Lunatic asylums in Bengal annual reports 1888-1898 - 1888-1898
Year: 1888
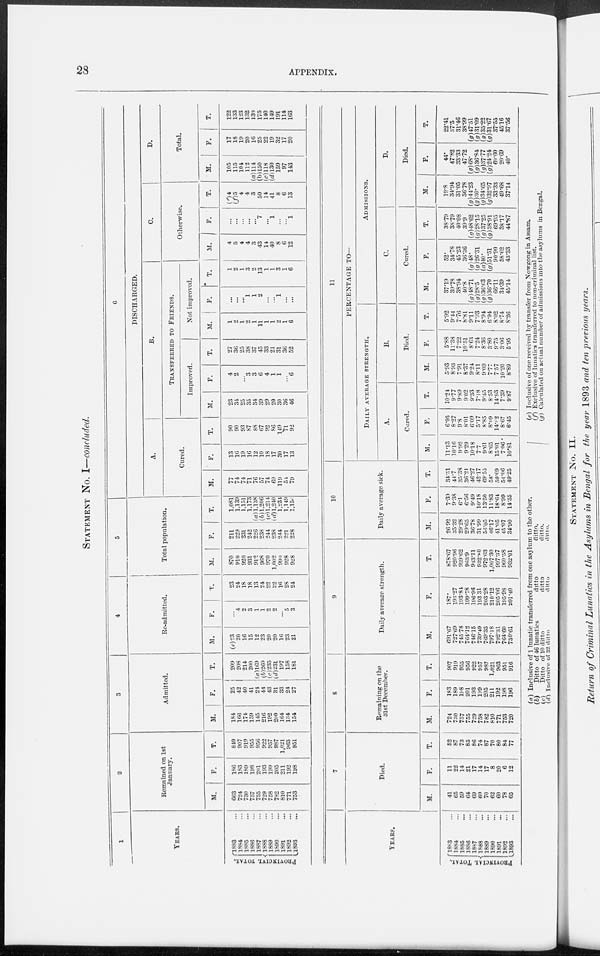
28 APPENDIX.
STATEMENT No. I—concluded.
1
YEARS.
PROVINCIAL TOTAL.
1883 ...
1884 ...
1885 ...
1886 ...
1887 ...
1888 ...
1889 ...
1890 ...
1891 ...
1892 ...
1893 ...
2
Remained on 1st
January.
M.
663
724
730
757
755
729
758
782
810
771
753
F.
186
183
189
198
201
193
199
205
211
192
198
T.
849
907
919
955
956
922
957
987
1,021
963
951
3
Admitted.
M.
184
166
174
159
145
216
192
200
164
134
154
F.
25
42
40
41
24
44
43
31
33
24
27
T.
209
208
214
200
(a)169
(b)260
(c)235
(d)231
197
158
181
4
Re-admitted.
M.
(e)23
20
16
15
12
23
20
20
16
23
21
F.
...
4
2
3
1
1
2
2
...
5
3
T.
23
24
18
18
13
24
22
22
16
28
24
5
Total population.
M.
870
910
920
931
912
968
970
1,002
990
928
928
F.
211
229
231
242
226
238
244
238
244
221
228
T.
1,081
1,139
1,151
1,173
(a)l,138
(6)1,206
(c) 1,214
(d) 1,240
1,234
1,149
1,156
6
DISCHARGED.
A.
Cured.
M.
77
74
74
71
76
57
74
69
119
54
79
F.
13
16
19
16
12
10
18
17
30
17
13
T.
90
90
93
87
88
67
92
86
149
71
92
B.
TRANSFERRED
TO FRIENDS.
Improved.
M.
23
34
25
35
34
39
29
20
30
36
46
F.
4
2
...
3
3
6
4
1
1
...
6
T.
27
36
25
38
37
45
33
21
31
36
52
Not improved.
M.
1
2
1
2
1
11
1
1
2
1
6
F.
...
...
...
1
1
2
...
...
1
...
...
T.
1
2
1
3
2
13
1
1
3
1
6
C.
Otherwise.
M.
4
5
4
4
3
43
1
40
8
6
12
F.
...
...
...
...
...
7
...
1
...
...
1
T.
(f)4
(f)5
4
4
3
50
14
41
8
6
13
D.
Total.
M.
105
115
104
112
(a)114
(b)150
(c)118
(d)130
159
97
143
F.
17
18
19
20
16
25
22
19
32
17
20
T.
122
133
123
132
130
175
140
149
191
114
163
YEARS.
PROVINCIAL TOTAL.
1883 ...
1884 ...
1885 ...
1886 ...
1887 ...
1888
...
1889
...
1890 ...
1891 ...
1892 ...
1893 ...
7
Died.
M.
41
65
59
64
69
60
70
62
60
78
65
F.
11
22
14
21
17
14
17
8
20
6
12
T.
52
87
73
85
86
74
87
70
80
84
77
8
Remaining on the
31st December.
M.
724
730
757
755
729
758
782
810
771
753
720
F.
183
189
198
201
193
199
205
211
192
198
196
T.
907
919
955
956
922
957
987
1,021
963
951
916
9
Daily average strength.
M.
691.67
727.69
745.78
764.12
746.15
739.49
769.35
797.18
792.31
764.60
730.61
F.
187.
193.27
193.84
199.78
196.96
193.31
203.28
210.12
205.06
195.98
201.40
T.
878.67
920.96
939.62
963.9
943.11
932.80
972.63
1,007.30
997.37
960.58
932.01
10
Daily average sick.
M.
26.92
35.32
29.28
29.65
36.78
31.99
56.05
46.17
41.05
45.07
34.90
F.
7.39
9.38
6.1
6.56
9.49
10.18
13.50
11.83
18.64
8.99
14.35
T.
34.31
44.7
35.38
36.21
46.27
42.17
69.55
58.
59.69
54.06
49.25
11
PERCENTAGE TO—
DAILY AVERAGE STRENGTH.
A.
Cured.
M.
11.13
10.16
9.92
9.29
10.18
7.7
9.61
8.65
15.01
7.06
10.81
F.
6.95
8.27
9.8
8.01
6.09
5.17
8.85
8.09
14.82
8.67
6.45
T.
10.24
9.77
9.89
9.02
9.33
7.18
9.45
8.53
14.93
7.39
9.87
B.
Died.
M.
5.93
8.93
7.91
8.37
9.24
8.11
9.09
7.77
7.57
10.20
8.89
F.
5.88
11.38
7.22
10.51
8.63
7.24
8.36
3.80
9.75
3.06
5.95
T.
5.92
9.44
7.76
8.81
9.11
7.93
8.94
6.94
8.02
8.74
8.26
ADMISSIONS.
C.
Cured.
M.
37.19
39.78
38.94
40.8
(g)48.71
(g)28.5
(g)36.63
(g)36.70
66.11
34.39
45.14
F.
52.
34.78
45.23
36.36
(g)48.
(g)26.31
(g)40.
(g)51.51
90.90
58.62
43.33
T.
38.79
38.79
40.08
39.9
(g)48.62
(g)28.15
(g)37.25
(g) 38.91
69.95
38.17
44.87
D.
Died.
M.
19.8
34.94
31.05
36.78
(g)44.23
(g)30.
(g)34.65
(g)32.97
33.33
49.68
37.14
F.
44.
47.82
33.33
47.72
(g)68.
(g)36.84
(g)37.77
(g)24.24
60.60
20.69
40.
T.
22.41
37.5
31.46
38.99
(g) 47.51
(g)31.09
(g)35.22
(g)31.67
37.55
45.16
37.56
(a)
(b)
(c)
(d)
Inclusive of 1 lunatic transferred from one asylum to the other.
Ditto of 46 lunatics
ditto
ditto.
Ditto of 10 ditto
ditto
ditto.
Inclusive of 32 ditto
ditto
ditto.
(e)
(f)
(g)
Inclusive of one received by transfer from Nowgong in Assam.
Exclusive of lunatics transferred to non-criminal list.
Calculated on actual number of admissions into the asylums in Bengal.